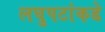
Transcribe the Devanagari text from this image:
लघुपटांकडे